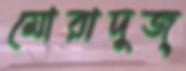
মোরাদুজ্